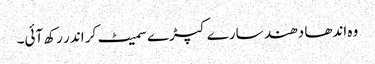
وہ اندھا دھند سارے کپڑے سمیٹ کر اندر رکھ آئی۔